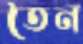
তৈন